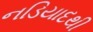
નડિયાદથી